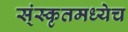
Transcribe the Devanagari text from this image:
स्ंस्कृतमध्येच